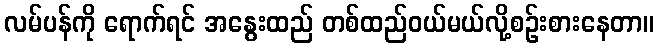
လမ်ပန်ကို ရောက်ရင် အနွေးထည် တစ်ထည်ဝယ်မယ်လို့စဉ်းစားနေတာ။